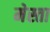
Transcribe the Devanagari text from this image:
मेस्ता